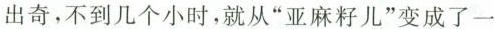
出奇，不到几个小时，就从”亚麻籽儿”变成了一